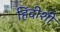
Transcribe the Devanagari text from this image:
हिंदीशी